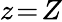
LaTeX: z\! =\! Z